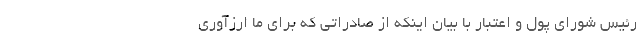
رئیس شورای پول و اعتبار با بیان اینکه از صادراتی که برای ما ارزآوری